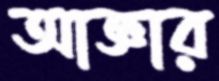
আজ্ঞার